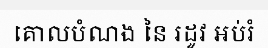
គោលបំណង នៃ រដូវ អប់រំ